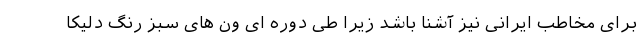
برای مخاطب ایرانی نیز آشنا باشد زیرا طی دوره ای ون های سبز رنگ دلیکا